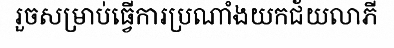
រួចសម្រាប់ធ្វើការប្រណាំងយកជ័យលាភី